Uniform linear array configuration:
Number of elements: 32
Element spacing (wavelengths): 0.75
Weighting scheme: hamming
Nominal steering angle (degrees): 60
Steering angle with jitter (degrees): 58.279
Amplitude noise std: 0.05
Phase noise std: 0.05

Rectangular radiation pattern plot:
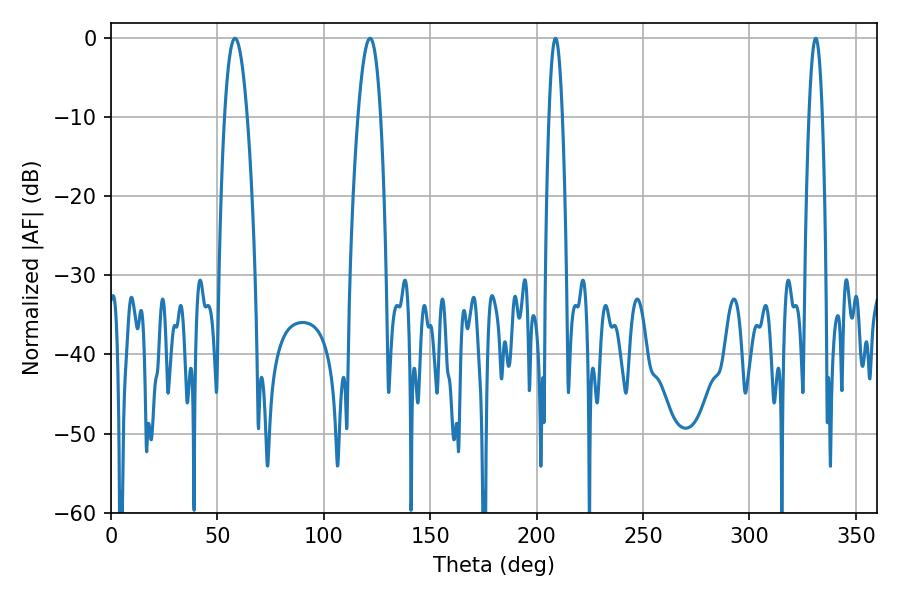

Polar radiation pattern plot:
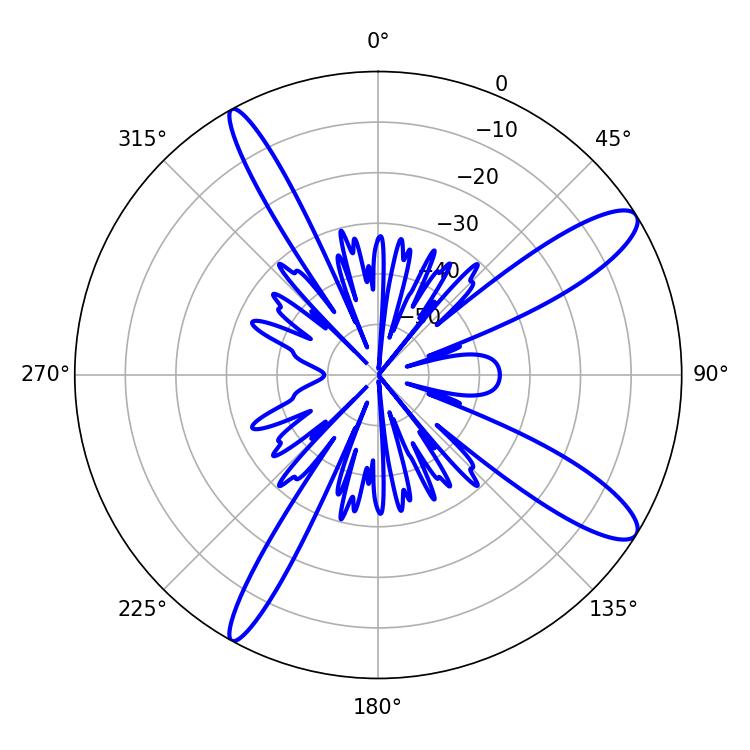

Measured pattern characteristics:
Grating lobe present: TRUE
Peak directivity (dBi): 12.057
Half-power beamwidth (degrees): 5.94
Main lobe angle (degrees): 58.32